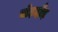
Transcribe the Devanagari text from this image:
घोड़दौड़